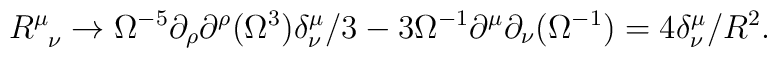
R^{\mu}_{\phantom{\mu}\nu} \rightarrow  \Omega^{-5}\partial_{\rho}\partial^{\rho}(\Omega^3)\delta^{\mu}_{\nu}/3-3\Omega^{-1}\partial^{\mu}\partial_{\nu}(\Omega^{-1})=4\delta^{\mu}_{\nu}/R^2.